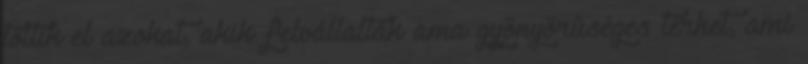
töltik el azokat, akik felvállalták ama gyönyörûséges terhet, ami